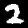
Digit: 2